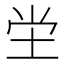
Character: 坣